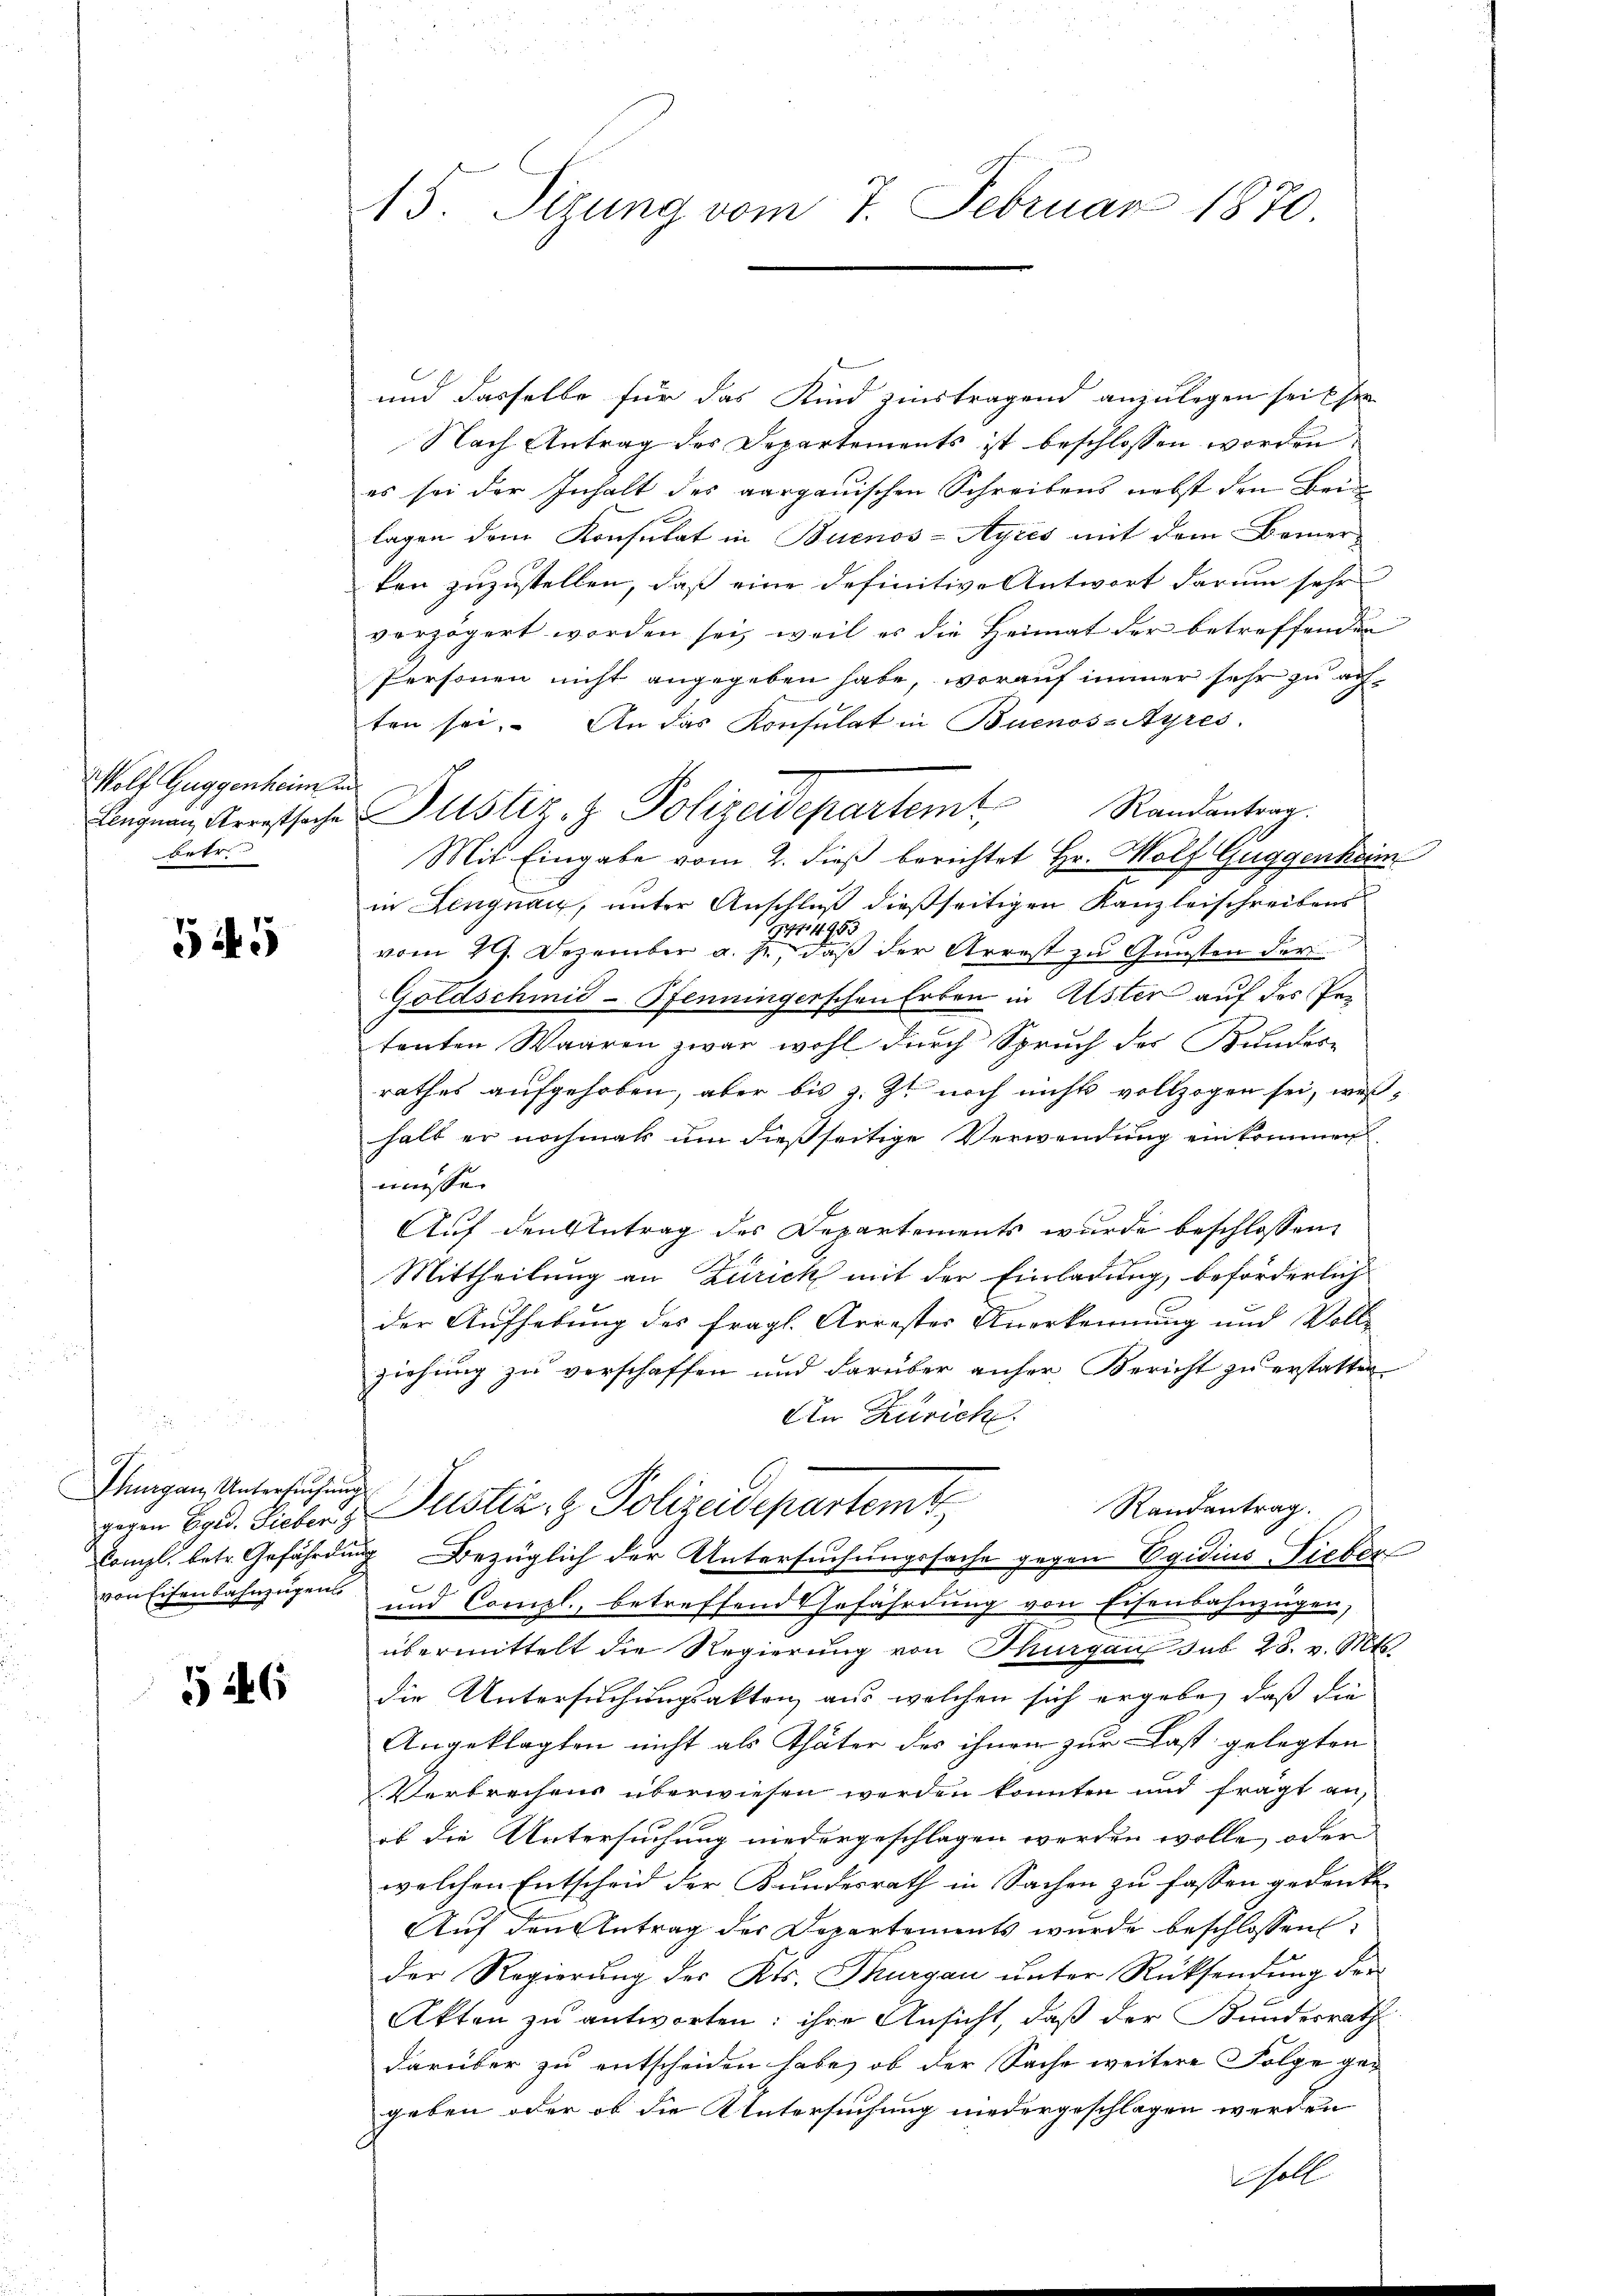
Wolf Guggenheim und
betr

545

Thurgau, Untersuchung

546

15. Sizung vom 7. Februar 1870.

und dasselbe für das Kind zinstragend anzulegen seit hie
Nach Antrag des Departements ist beschlossen worden
es sei der Inhalt des aargauischen Schreibens nebst den Beilagen dem Konsulat in Buenos-Ayres mit dem Bemer
ten zuzustellen, daß eine definitive Antwort darum sehr
vorzögert worden sei, weil es die Heimat der betreffenden
Personen nicht angegeben habe, worauf immer sehr zu achten sei. An das Konsulat in Buenos-Ayres.
Randantrag.
Angnau, Arrestsache Justiz- & Polizeidepartemt,
Mit Eingabe vom 2. dieß berichtet Hr. Wolf Guggenheim
in Lengnau, unter Anschluß dießseitigen Kanzleischreibens
1444953
vom 29. Dezember a. p., daß der Arrest zu Gunsten der
Goldschmid-Pfenningerschen Erben in Uster auf des Pertenten Waaren zwar wohl durch Spruch des Bundes-
rathes aufgehoben, aber bis z. Zt. noch nichts vollzogen sei, weßhalt er nochmals um dießseitige Verwendung einkommen
müsse.
Auf den Antrag des Departements wurde beschlossen:
Mittheilung an Zürich mit der Einladung, beförderlich
der Aufhebung des fragl. Arrester Anerkennung und Voll-
ziehung zu verschaffen und darüber anher Bericht zu erstatten
An Zürich
Randantrag.
gegen Egid. Sieber d. Justiz- & Polizeidepartemt
Kompl. betr. Gefährdung Bezüglich der Untersuchungssache gegen Egidius Lieber
von Eisenbahnzügen und Compl., betreffend Gefährdung von Eisenbahnzügen,
übermittelt die Regierung von Thurgau sub 28. v. Mts.
die Untersuchungsakten, aus welchen sich ergebe, daß die
Angeklagten nicht als Thäter des ihnen zur Last gelegten
Verbrechens überwiesen werden konnten und frägt an,
ob die Untersuchung niedergeschlagen werden wolle, oder
welchen Entscheid der Bundesrath in Sachen zu fassen gedenke
Auf den Antrag der Departements wurde beschlossen:
der Regierung des Kts. Thurgau unter Rücksendung der
Akten zu antworten; ihre Ansicht, daß der Bundesrath
darüber zu entscheiden habe, ob der Sache weitere Folge gegeben oder ob die Untersuchung niedergeschlagen werden
holt